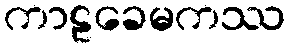
ကာဠခေမကဿ